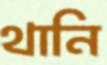
থানি